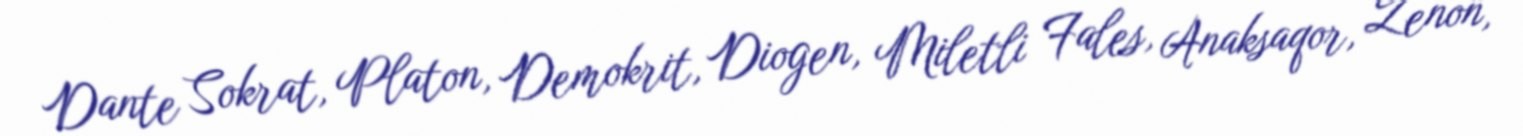
Dante Sokrat, Platon, Demokrit, Diogen, Miletli Fales, Anaksaqor, Zenon,